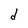
Character: d